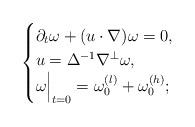
LaTeX: \begin{align*} \begin{cases} \partial_t \omega + (u\cdot \nabla) \omega=0, \\ u= \Delta^{-1} \nabla^{\perp} \omega,\\ \omega \Bigr|_{t=0}= \omega_0^{(l)} + \omega_0^{(h)}; \end{cases}\end{align*}